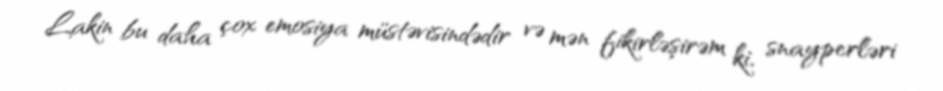
Lakin bu daha çox emosiya müstəvisindədir və mən fikirləşirəm ki, snayperləri